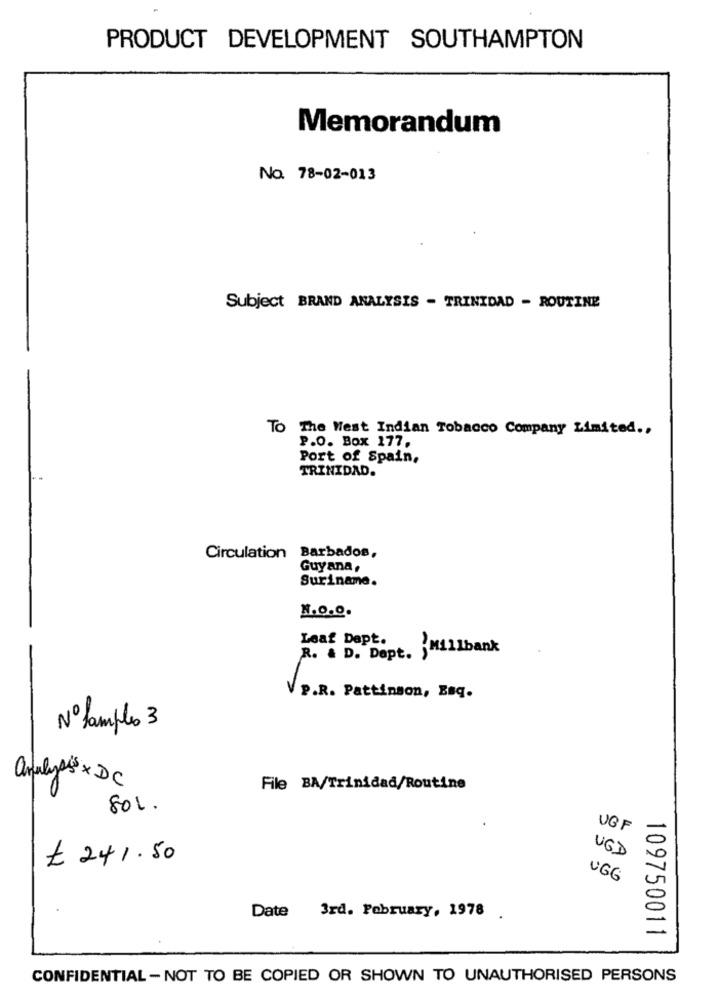
PRODUCT DEVELOPMENT SOUTHAMPTON
Memorandum
No. 78-02-013
Subject BRAND ANALYSIS - TRINIDAD - ROUTINE
To The West Indian Tobacco Company Limited ..
P.O. Box 177,
Port of Spain,
TRINIDAD.
Circulation Barbados,
Guyana,
Suriname.
N.O.O.
Leaf Dapt.
"Millbank
R. & D. Dapt.
P.R. Pattinson, Esq.
Nº Samples 3
analys x DC
File BA/Trinidad/Routine
801.
UGF
UGD
£ 241.50
UGG
Date
3rd. February, 1978 .
109750011
CONFIDENTIAL - NOT TO BE COPIED OR SHOWN TO UNAUTHORISED PERSONS